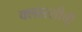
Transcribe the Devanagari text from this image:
क्लास्सीची